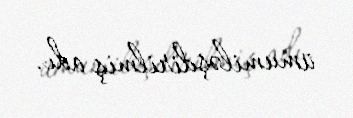
ümumiləşdirilmiş adı.